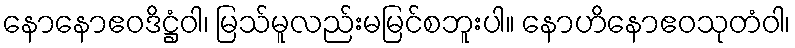
နောနောဧဝဒိဋ္ဌံဝါ၊ မြသ်မူလည်းမမြင်စဘူးပါ။ နောဟိနောဧဝသုတံဝါ၊